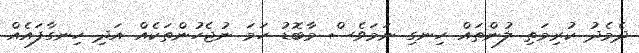
ދެމެދު ކުރިމަތި ލުންތައް ހިނގި ނަމަވެސް މާބޮޑު ހަމަ ނުޖެހުންތަކެއް އަދި ހިނގާފައެއް